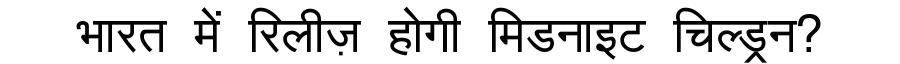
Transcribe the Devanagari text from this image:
भारत में रिलीज़ होगी मिडनाइट चिल्ड्रन?